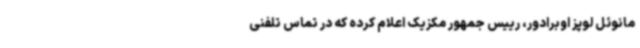
مانوئل لوپز اوبرادور، رییس جمهور مکزیک اعلام کرده که در تماس تلفنی